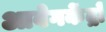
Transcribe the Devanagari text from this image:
आवेगकेंद्रों